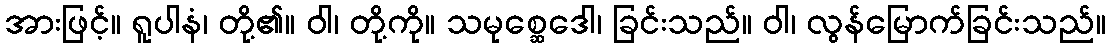
အားဖြင့်။ ရူပါနံ၊ တို့၏။ ဝါ၊ တို့ကို။ သမုစ္ဆေဒေါ၊ ခြင်းသည်။ ဝါ၊ လွန်မြောက်ခြင်းသည်။